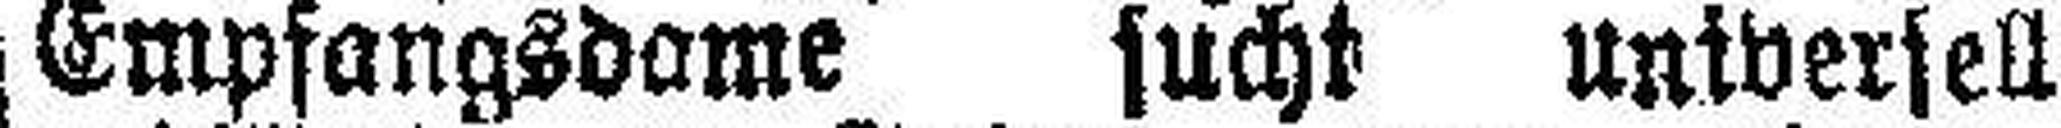
Empfangsdame sucht universell